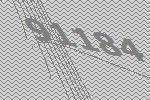
91184